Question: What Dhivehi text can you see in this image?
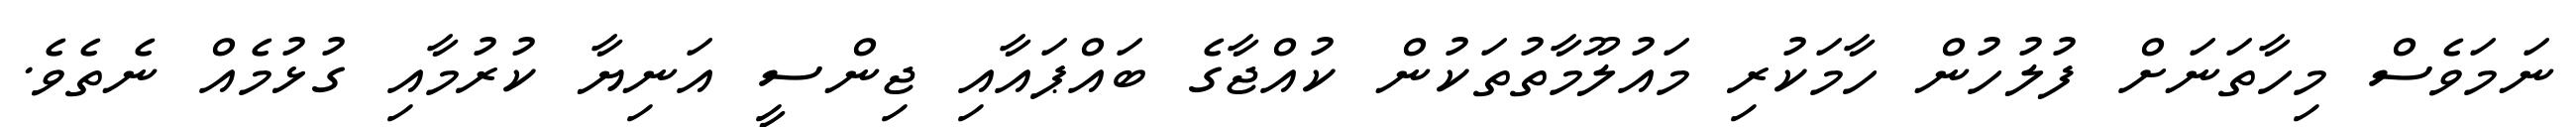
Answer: ނަމަވެސް މިހާތަނަށް ފުލުހުން ހާމަކުރި މައުލޫމާތުތަކުން ކުއްޖާގެ ބައްޕައާއި ޖިންސީ އަނިޔާ ކުރުމާއި ގުޅުމެއް ނެތެވެ.